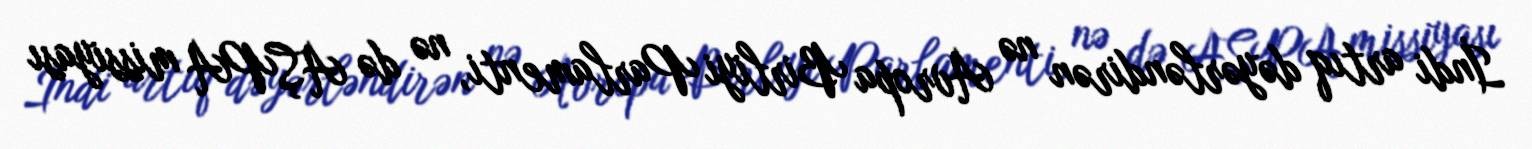
İndi artıq dəyərləndirən nə Avropa Birliyi Parlamenti, nə də AŞPA missiyası